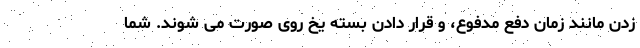
زدن مانند زمان دفع مدفوع، و قرار دادن بسته یخ روی صورت می شوند. شما